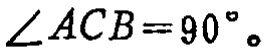
$\angle ACB = 90^{\circ}$。